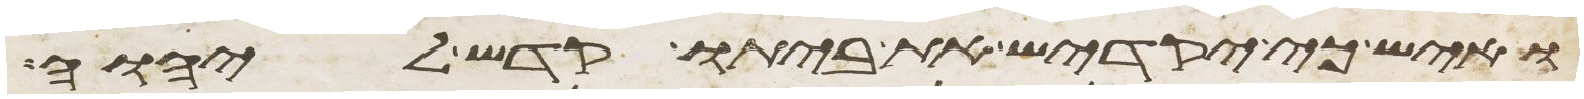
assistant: ואיש כי יקדיש את ביתו קדש ליהוה